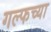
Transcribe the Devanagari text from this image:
गल्फच्या